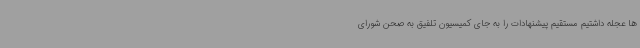
ها عجله داشتیم مستقیم پیشنهادات را به جای کمیسیون تلفیق به صحن شورای